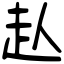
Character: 龪